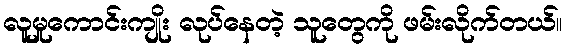
လူမှုကောင်းကျိုး လုပ်နေတဲ့ သူတွေကို ဖမ်းလိုက်တယ်။